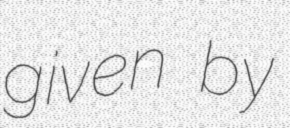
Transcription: given by